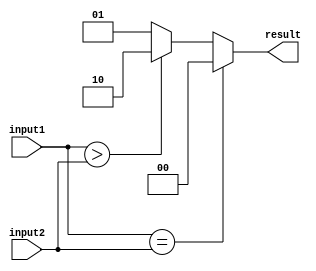
module comparator_64bit (
    input [63:0] input1,
    input [63:0] input2,
    output reg [1:0] result
);

always @* begin
    if (input1 == input2) begin
        result = 2'b00; // equal
    end else if (input1 > input2) begin
        result = 2'b10; // greater than
    end else begin
        result = 2'b01; // less than
    end
end

endmodule